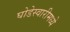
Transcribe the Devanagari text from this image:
घोडेस्वारीमध्ये